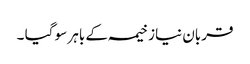
قربان نیاز خیمہ کے باہر سو گیا ۔